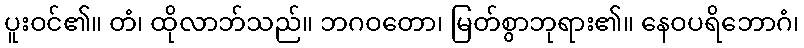
ပူးဝင်၏။ တံ၊ ထိုလာဘ်သည်။ ဘဂဝတော၊ မြတ်စွာဘုရား၏။ နေဝပရိဘောဂံ၊